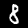
Label: 8